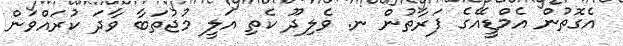
އެގޮތުން އެމްޑީއޭގެ ފަރާތުން ނ. ވެލިދޫ ކެތި އަލީ މުޖުތަބާ ވާދަ ކުރައްވަން